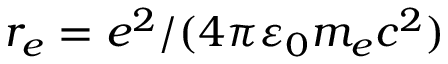
r _ { e } = e ^ { 2 } / ( 4 \pi \varepsilon _ { 0 } m _ { e } c ^ { 2 } )